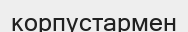
корпустармен